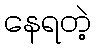
နေရတဲ့